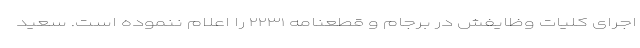
اجرای کلیات وظایفش در برجام و قطعنامه ۲۲۳۱ را اعلام ننموده است. سعید